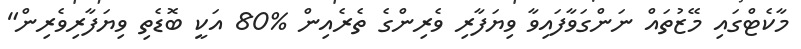
މާކެޓްގައި މޭޒުތައް ނަންގަވާފައިވާ ވިޔަފާރި ވެރިންގެ ތެރެއިން %80 އަކީ ބޮޑެތި ވިޔަފާރިވެރިން"